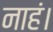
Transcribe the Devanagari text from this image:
नाहं।